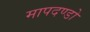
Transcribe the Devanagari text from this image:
मापदण्डो